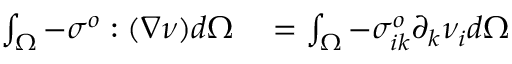
\begin{array} { r l } { \int _ { \Omega } - \boldsymbol { \sigma ^ { o } } : ( \nabla \boldsymbol { \nu } ) d \Omega } & { { } = \int _ { \Omega } - \sigma _ { i k } ^ { o } \partial _ { k } \nu _ { i } d \Omega } \end{array}